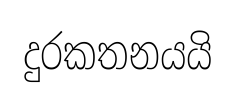
දුරකතනයයි